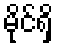
မိုင်ရှိ